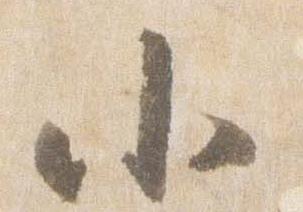
小